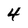
Character: 4